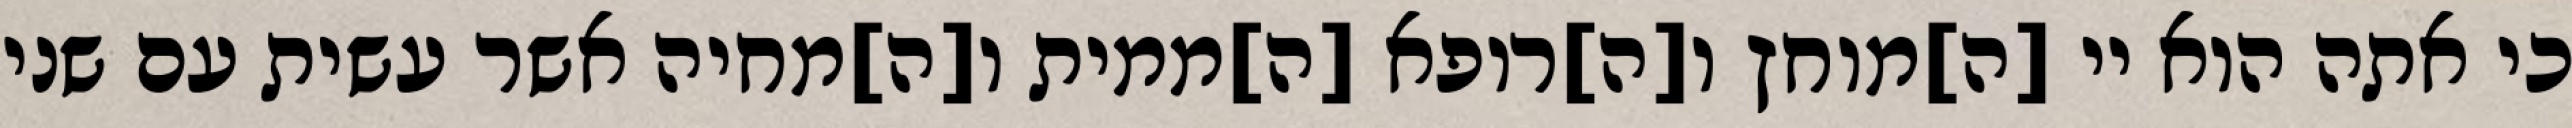
כי אתה הוא יי [ה]מוחץ ו[ה]רופא [ה]ממית ו[ה]מחיה אשר עשית עם שני